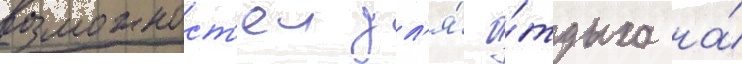
возможност'еи дл'я́ о́тдыха на́